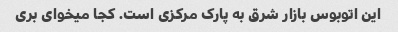
این اتوبوس بازار شرق به پارک مرکزی است. کجا میخوای بری